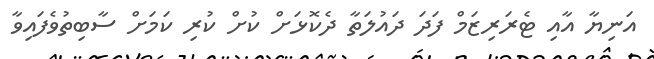
އަނިޔާ އާއި ޓެރަރިޒަމް ފަދަ ދައުލަތާ ދެކޮޅަށް ކުށް ކުރި ކަމަށް ސާބިތުވެފައިވާ